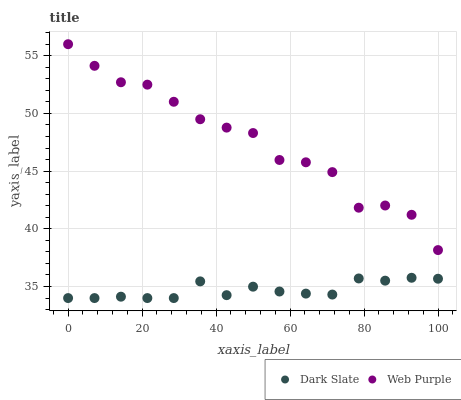
| xaxis_label | Dark Slate | Web Purple |
 | --- | --- | --- |
 | 0 | 34 | 56 |
 | 7.14 | 34 | 54.1 |
 | 14.3 | 34.1 | 52.7 |
 | 21.4 | 34 | 52.5 |
 | 28.6 | 34 | 51 |
 | 35.7 | 35.4 | 49.5 |
 | 42.9 | 34.3 | 48.8 |
 | 50 | 35 | 48.3 |
 | 57.1 | 34.6 | 46 |
 | 64.3 | 34.4 | 45.8 |
 | 71.4 | 34.3 | 44.9 |
 | 78.6 | 35.7 | 41.8 |
 | 85.7 | 35.5 | 42 |
 | 92.9 | 35.8 | 41.2 |
 | 100 | 35.7 | 38.2 |